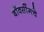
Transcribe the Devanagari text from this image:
बॉक्सींगचे